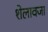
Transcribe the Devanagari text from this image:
शेलावजा